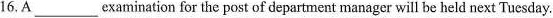
16. A___ examination for the post of department manager will be held next Tuesday.